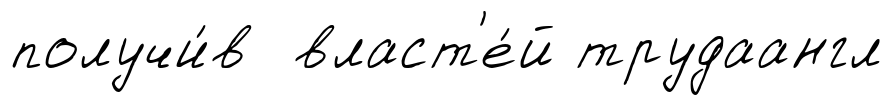
получи́в власт'е́й трудаангл